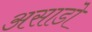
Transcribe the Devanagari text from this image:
असाडो